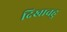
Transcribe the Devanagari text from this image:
दिखावहु